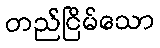
တည်ငြိမ်သော